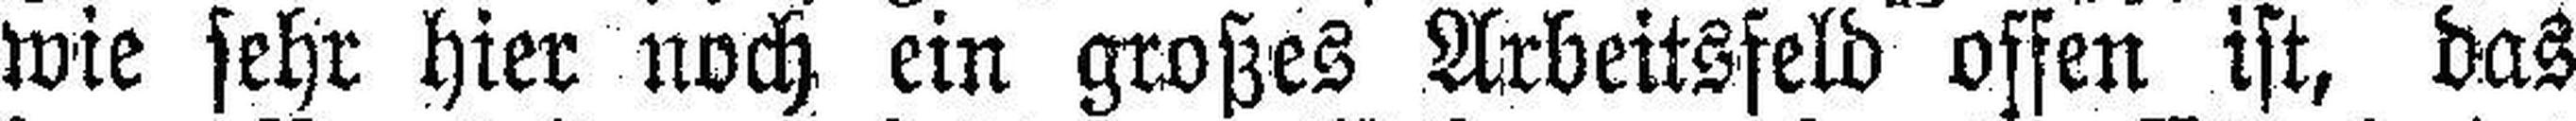
wie sehr hier noch ein großes Arbeitsfeld offen ist, das